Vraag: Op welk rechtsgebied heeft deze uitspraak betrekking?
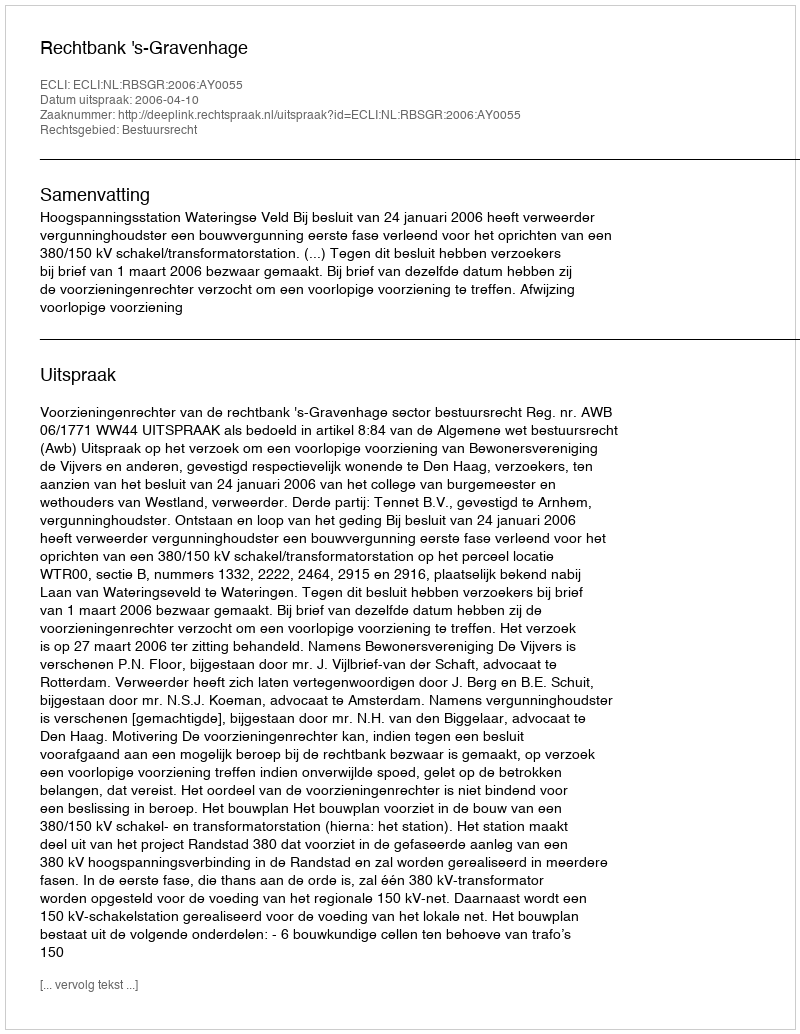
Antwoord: Bestuursrecht